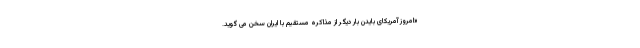
«امروز آمریکای بایدن بار دیگر از مذاکره مستقیم با ایران سخن می گوید.